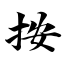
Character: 按